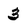
Character: 3